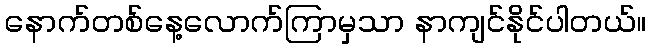
နောက်တစ်နေ့လောက်ကြာမှသာ နာကျင်နိုင်ပါတယ်။